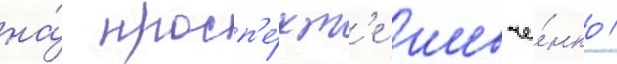
на́ просп'е́кт'е шевче́нко /